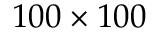
1 0 0 \times 1 0 0